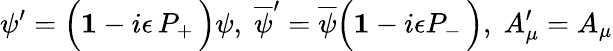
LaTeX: \psi^{\prime}=\Big({\mathbf 1}-i\epsilon\, P_{+}\, \Big)\psi,\; {\overline{{\psi}}}^{\prime}={\overline{{\psi}}}\Big({\mathbf 1}-i\epsilon P_{-}\, \Big),\; A_{\mu}^{\prime}=A_{\mu}